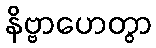
နိဗ္ဗာဟေတွာ